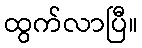
ထွက်လာပြီ။